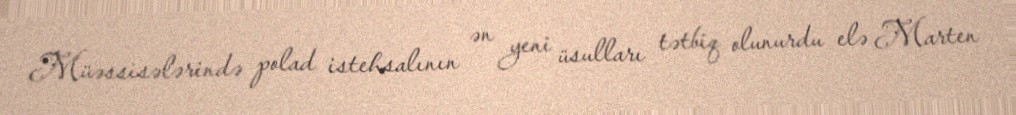
Müəssisələrində polad istehsalının ən yeni üsulları tətbiq olunurdu elə Marten